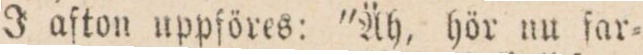
J afton uppföres: ”Äh, hör nu far=